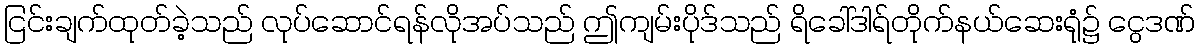
ငြင်းချက်ထုတ်ခဲ့သည် လုပ်ဆောင်ရန်လိုအပ်သည် ဤကျမ်းပိုဒ်သည် ရိခေါ်ဒါရ်တိုက်နယ်ဆေးရုံ၌ ငွေဒဏ်